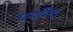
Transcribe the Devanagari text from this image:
धन्यविष्णु